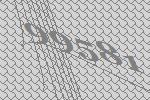
99581